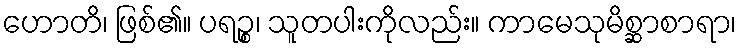
ဟောတိ၊ ဖြစ်၏။ ပရဉ္စ၊ သူတပါးကိုလည်း။ ကာမေသုမိစ္ဆာစာရာ၊